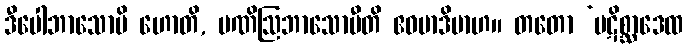
ဒီပေါဘာသောပိ ဟောတိ, မဏိဩဘာသောပီတိ ဧဝမာဒိမာဟ။ တတော ‘ပဋိစ္ဆာဒေထ